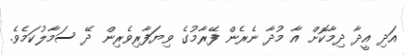
އަދި އީދާ ދިމާކޮށް އާ މުދާ ނެރެން ފޭރާމުގެ ވިޔަފާރިވެރިން ދޭ ސަމާލުކަމެވެ.